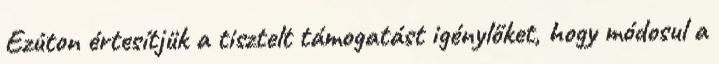
Ezúton értesítjük a tisztelt támogatást igénylőket, hogy módosul a